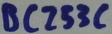
Text: BC253C